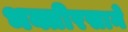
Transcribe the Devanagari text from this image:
भक्तीरसाने